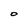
Character: O